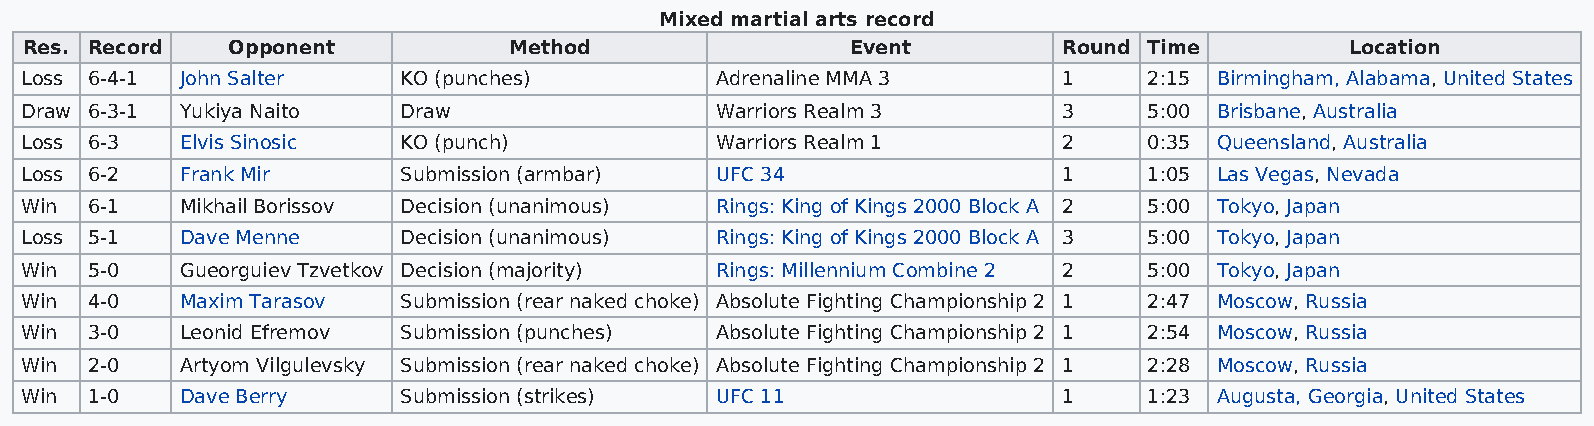
Mixed martial arts record
 Res. Record   Opponent           Method                Event         Round Time         Location
 Loss 6-4-1 John Salter    KO (punches)        Adrenaline MMA 3       1     2:15 Birmingham, Alabama, United States
 Draw 6-3-1 Yukiya Naito   Draw                Warriors Realm 3       3     5:00 Brisbane, Australia
 Loss 6-3   Elvis Sinosic  KO (punch)          Warriors Realm 1       2     0:35 Queensland, Australia
 Loss 6-2   Frank Mir      Submission (armbar) UFC 34                 1     1:05 Las Vegas, Nevada
 Win  6-1   Mikhail Borissov Decision (unanimous) Rings: King of Kings 2000 Block A 2 5:00 Tokyo, Japan
 Loss 5-1   Dave Menne     Decision (unanimous) Rings: King of Kings 2000 Block A 3 5:00 Tokyo, Japan
 Win  5-0   Gueorguiev Tzvetkov Decision (majority) Rings: Millennium Combine 2 2 5:00 Tokyo, Japan
 Win  4-0   Maxim Tarasov  Submission (rear naked choke) Absolute Fighting Championship 2 1 2:47 Moscow, Russia
 Win  3-0   Leonid Efremov Submission (punches) Absolute Fighting Championship 2 1 2:54 Moscow, Russia
 Win  2-0   Artyom Vilgulevsky Submission (rear naked choke) Absolute Fighting Championship 2 1 2:28 Moscow, Russia
 Win  1-0   Dave Berry     Submission (strikes) UFC 11                1     1:23 Augusta, Georgia, United States